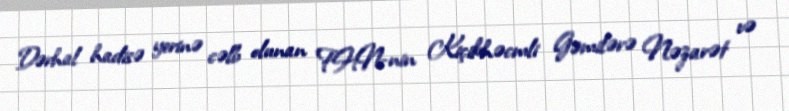
Dərhal hadisə yerinə cəlb olunan FHN-nin Kiçikhəcmli Gəmilərə Nəzarət və